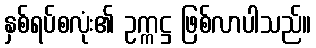
နှစ်ရပ်စလုံး၏ ဥက္ကဋ္ဌ ဖြစ်လာပါသည်။